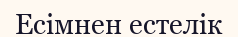
Есімнен естелік